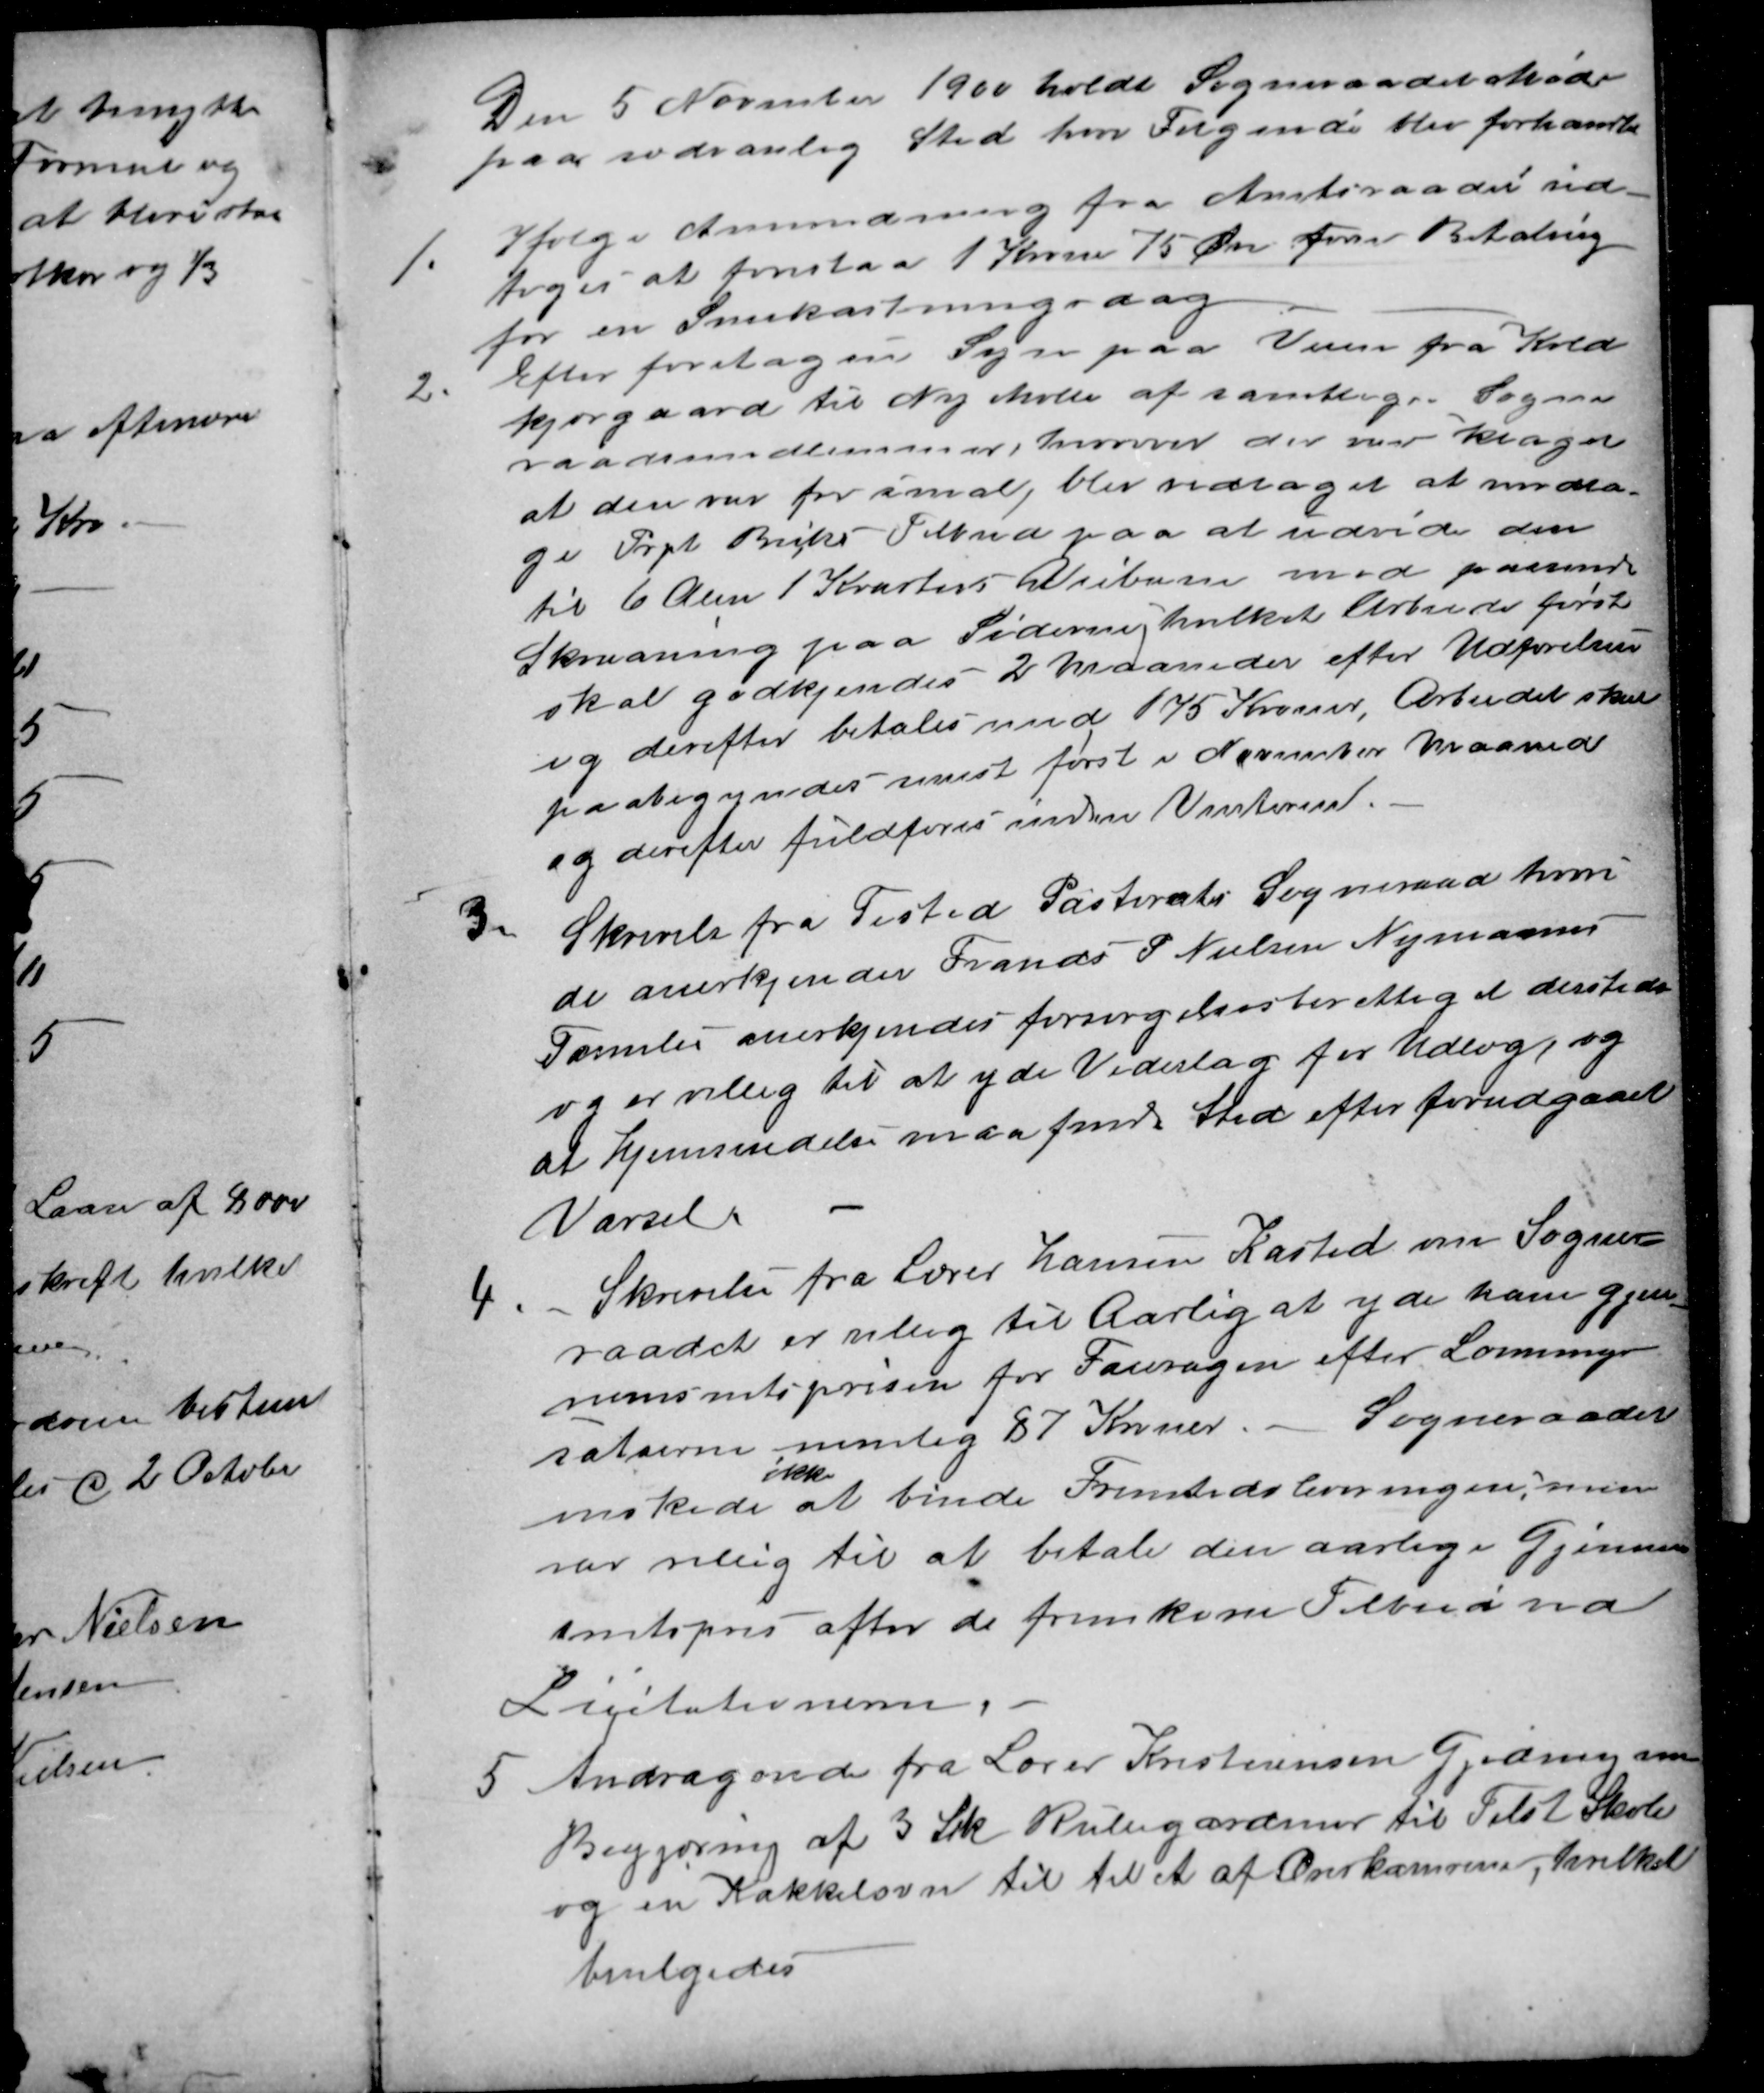
Transskription:
Den 5 November 1900 holdt Sogneraadet Møde
paa sædvanlig Sted hvor følgende blev forhandlet
1.
Ifølge Anmodning fra Amtsraadet ved-
toges at foreslaa 1 Krone 75 Øre som Betaling
for en Snekastningsdag
2.
Efter foretagen Syn paa Veien fra Kold
kjærgaard til Ny Mølle af samtlige Sogne-
raadsmedlemmer, hvorover der var klaget
at den var for smal, blev vedtaget at modta
ge Prpt. Becks Tilbud paa at udvide den
til 6 Alen 1 Kvartere Veibane med passende
Skraaning paa Siderne, hvilket Arbeide først
skal godkjendes 2 Maaneder efter Udførelsen
og derefter betales med 175 Kroner, Arbeidet skal
paabegyndes senest først i November Maaned
og derefter fuldføres inden Vinteren.
3.
Skrivelse fra Tisted Pastorats Sogneraad hvori
de anerkjender Frands P Nielsen Nymanns
Familie anerkjendes forsørgelsesberettiget dersteds
og er villig til at yde Vederlag for Udlæg og
at hjemsendelse maa finde Sted efter forudgaaet
Varsel.
4.
Skrivelse fra Lærer Hansen Kasted om Sogne-
raadet er villig til Aarlig at yde ham gjen-
nemsnitsprisen for Fouragen efter Lønnings
satserne nemlig 87 Kroner.  Sogneraadet
ønskede
ikke
at binde Fremtidsleveringen, men
var villig til at betale den aarlige Gjennem
snitspris efter de fremkom Tilbud ved
Licitationen.
5.
Andragende fra Lærer Kristiansen Gjeding om
Begjæring af 3 Stk Rullegardiner til Tilst Skole
og en Kakkelovn til til et af Overkamrene, hvilket
bevilgedes